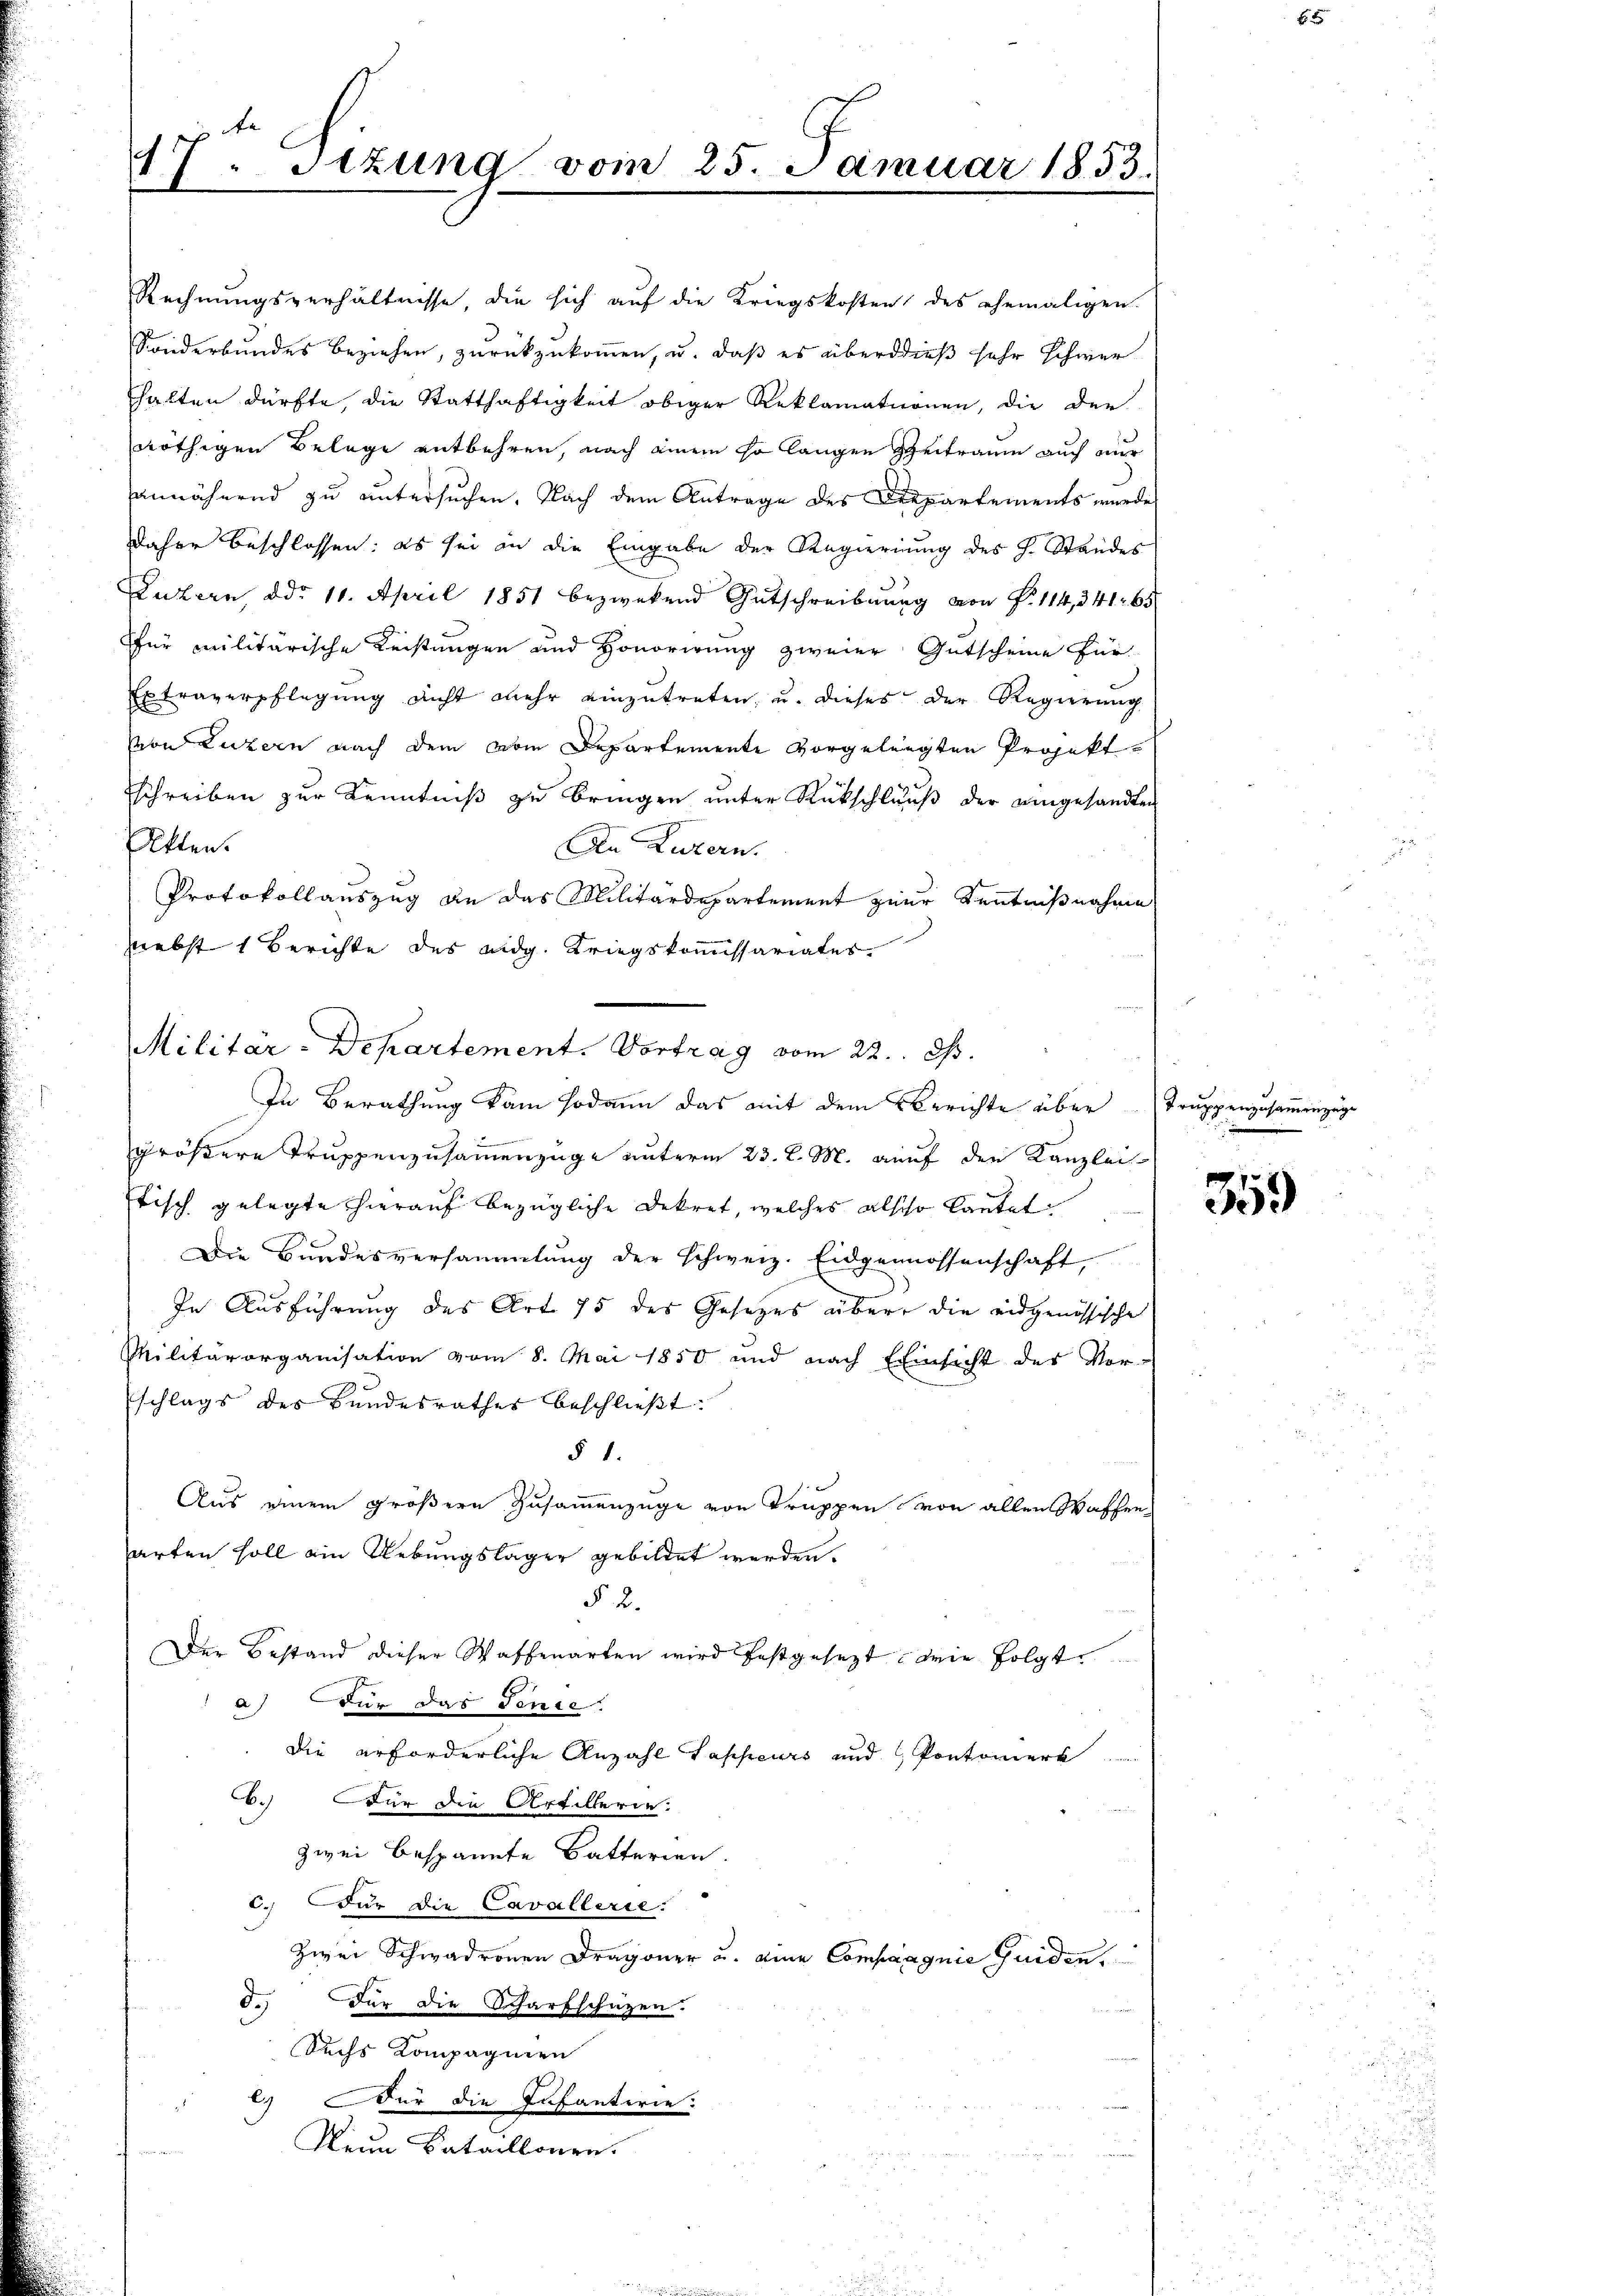
g
I.Sizung vom 25. Januar 1853.

Rechnungsverhältnisse, die sich auf die Kriegskosten des ehemaligen
Sonderbundes beziehen, zurückzukommen, u. daß es überdieß sehr schwerhalten dürfte, die Statthaftigkeit obiger Reklamationen, die der
nöthigen Belege entbehren, nach einem so langen Zeitraum auch nur
annähernd zu untersuchen. Nach dem Antrage des Departements wurde
daher beschlossen: es sei an die Eingabe der Regierung des H. Standes
Luzern ddr 11. April 1851 bezwekend Entschreibung von P. 114, 341. 65
für militarische Leistungen und Honorirung zweier Gutscheine für
Etraverpflegung nicht mehr einzutreten, u. dieses der Regierung
von Luzern nach dem vom Departemente vorgelegten Projekt
schreiben zur Kenntniß zu bringen unter Rückschluß der eingesandten
Akten.
An Luzern.
Protokollauszug an das Militärdepartement zur Kenntnißnahme
nebst 1 Berichte des eidg. Kriegskommissariates
größere Truppenzusammenzüge unterm 23. d. M. auf den Kanzlei
Tisch gelegte hierauf bezügliche Dekret, welches alscho lautet
Die Bundesversammlung der schweiz. Eidgenossenschaft,
In Ausführung des Art 75 des Gesetzes über die eidgenössische
Militärorganisation vom 8. Mai 1850 und nach Einsicht des Ver-
schlags des Bundesrathes beschließt:
§ 1.
Aus einem größern Zusammenzüge von Truppen von allen Waffen
arten soll ein Uebungslager gebildet werden.
§ 2.
Der Bestand dieser Waffenarten wird festgesezt, die folgte
a) Für das Fence.
die erforderliche Anzahl Sappeurs und Pontomiert
6.) Für die Artillerie:
zwei bespannte Batterien.
c.) Für die Cavallerie.
Zwei Schwadronen Dragoner u. eine Compagnie Guiden,
5.) Der die Scharfschützen.
Sechs Kompagnien
l) Für die Infanterie:
Klein Sataillonen.
r

Militar-Departement. Vortrag vom 22. ds.
In Berathung kam sodann das mit dem Berichte über Truppenzusammenzüge

359